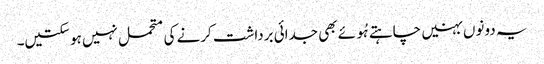
یہ دونوں بہنیں چاہتے ہُوئے بھی جدائی برداشت کرنے کی متحمل نہیں ہو سکتیں۔